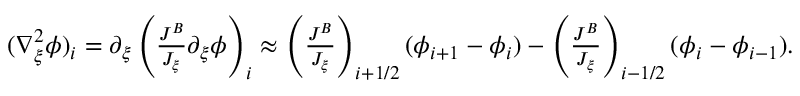
\begin{array} { r } { ( \nabla _ { \xi } ^ { 2 } \phi ) _ { i } = \partial _ { \xi } \left( \frac { J ^ { B } } { J _ { \xi } } \partial _ { \xi } \phi \right) _ { i } \approx \left( \frac { J ^ { B } } { J _ { \xi } } \right) _ { i + 1 / 2 } ( \phi _ { i + 1 } - \phi _ { i } ) - \left( \frac { J ^ { B } } { J _ { \xi } } \right) _ { i - 1 / 2 } ( \phi _ { i } - \phi _ { i - 1 } ) . } \end{array}